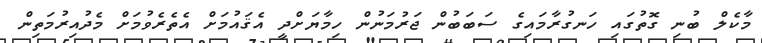
މާކެލް ބުނި ގޮތުގައި ހަނގުރާމައިގެ ސަބަބުން ޖަރުމަނުން ހިމާޔަށްދީ އެޤައުމަށް އެތެރެވުމަށް މެދުއިރުމަތިން